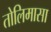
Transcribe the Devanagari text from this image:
तोलिमासा